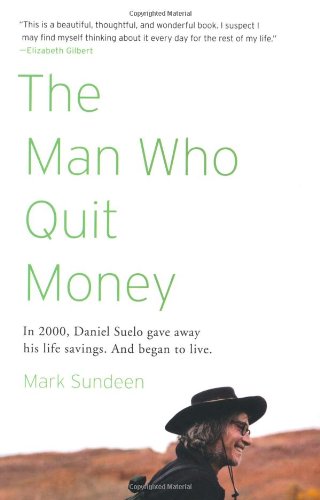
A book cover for The Man Who Quit Money; Mark Sundeen; Science & Math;